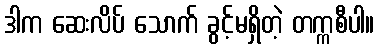
ဒါက ဆေးလိပ် သောက် ခွင့်မရှိတဲ့ တက္ကစီပါ။